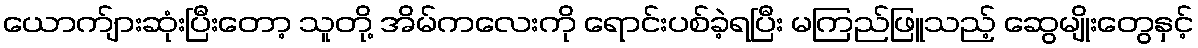
ယောက်ျားဆုံးပြီးတော့ သူတို့ အိမ်ကလေးကို ရောင်းပစ်ခဲ့ရပြီး မကြည်ဖြူသည့် ဆွေမျိုးတွေနှင့်